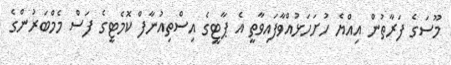
މޫސަގެ ފަރާތުން އިއްޔެ ހުށަހަޅުއްވާފައިވާތީ އެ ޕާޓީގެ އިސްތިއުނާފް ކޮމެޓީގެ ފަސް މެމްބަރުންގެ